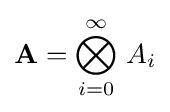
\mathbf {A} ={\displaystyle \bigotimes \limits _{i=0}^{\infty }}\ A_{i}